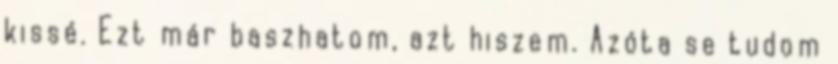
kissé. Ezt már baszhatom, azt hiszem. Azóta se tudom